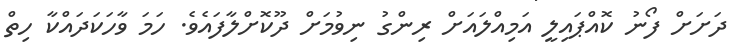
ދަަށަށް ފޯނު ކޮއްޕައިލީ އަމިއްލައަށް ރިންގު ނިވުމަށް ދޫކޮށްލާފައެވެ. ހަމަ ވާހަކަދައްކާ ހިތް